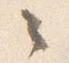
々